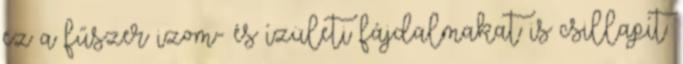
ez a fűszer izom- és ízületi fájdalmakat is csillapít.